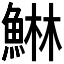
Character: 𱆴